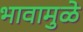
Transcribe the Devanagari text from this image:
भावामुळे